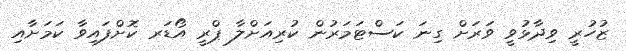
ޒުހުރީ ވިދާޅުވީ ވަރަށް ގިނަ ކަސްޓަމަރުން ކުރިއަށްލާ ޕްރީ އޯޑަރ ކޮށްފައިވާ ކަމަށާއި